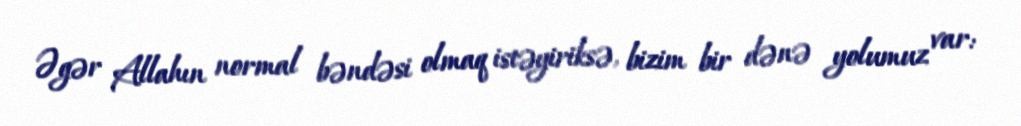
Əgər Allahın normal bəndəsi olmaq istəyiriksə, bizim bir dənə yolumuz var: